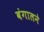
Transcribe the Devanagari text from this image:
बंगालने